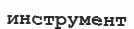
инструмент